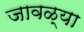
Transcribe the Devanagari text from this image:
जावळ्या